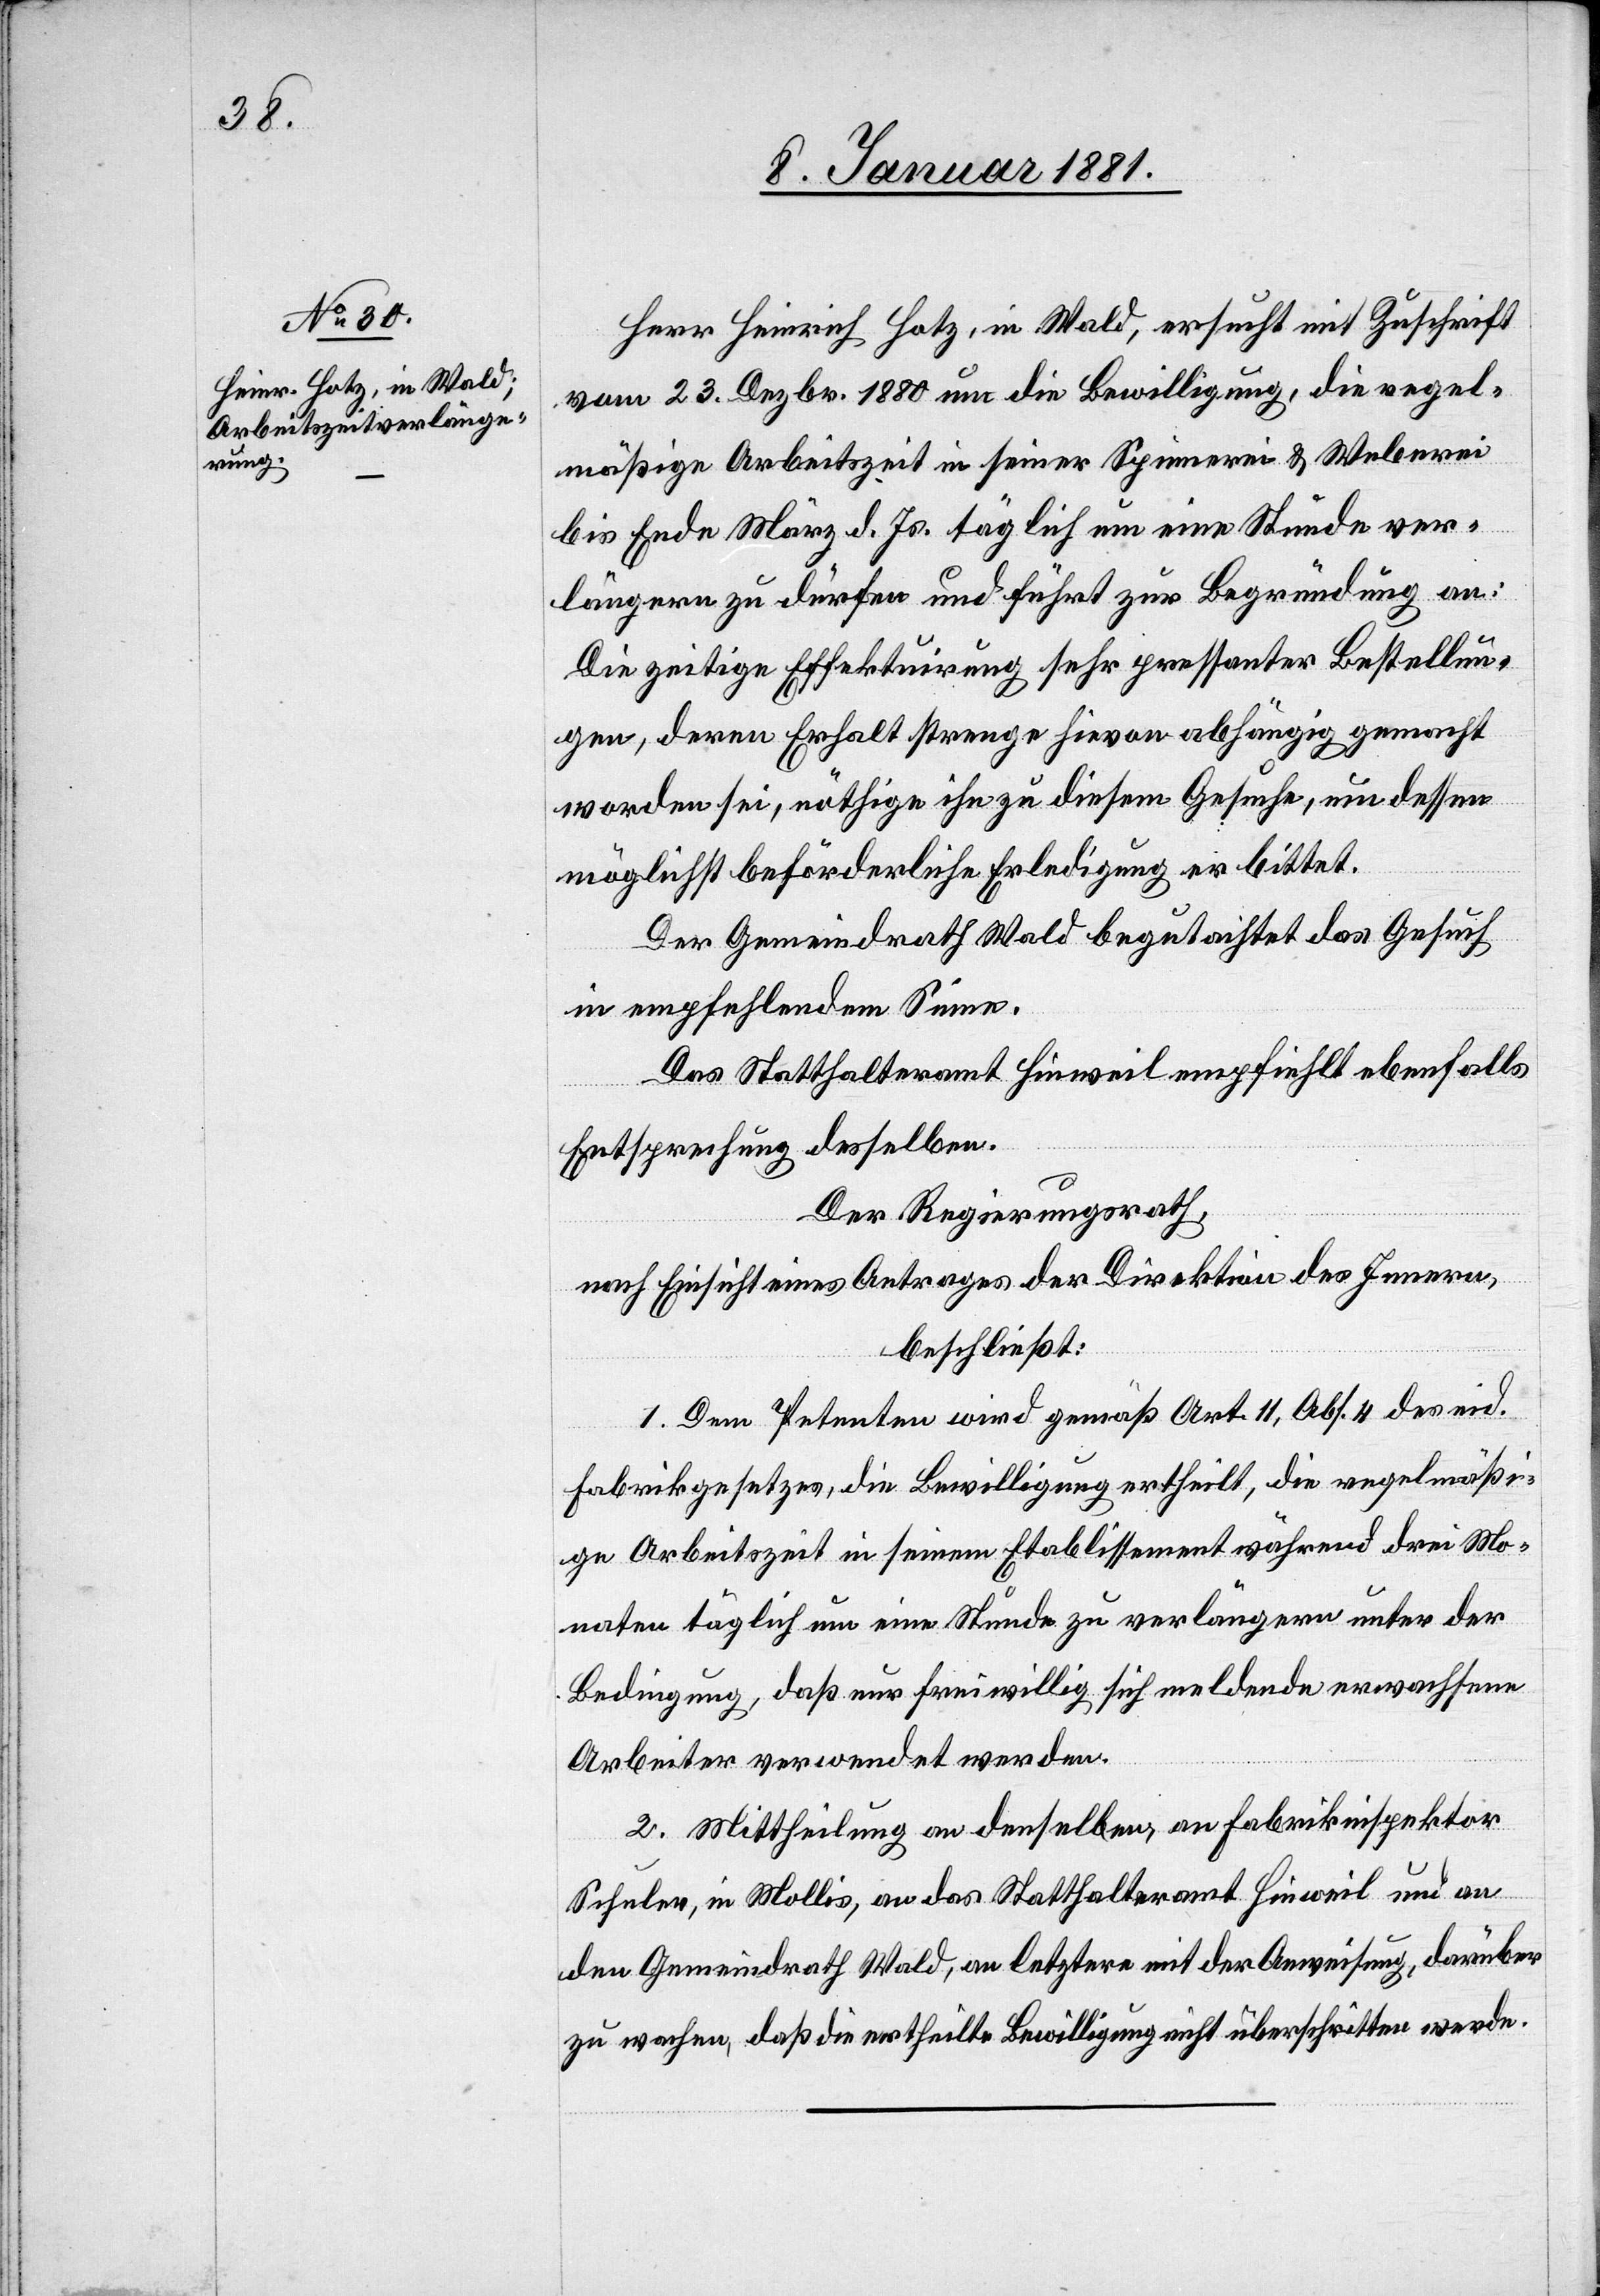
Herr Heinrich Hotz, in Wald, ersucht mit Zuschrift
vom 23. Dezbr. 1880 um die Bewilligung, die regel¬
mäßige Arbeitszeit in seiner Spinnerei & Weberei
bis Ende März d. Js. täglich um eine Stunde ver¬
längern zu dürfen und führt zur Begründung an:
Die zeitige Effektuirung sehr pressanter Bestellun¬
gen, deren Erhalt strenge hievon abhängig gemacht
worden sei, nöthige ihn zu diesem Gesuche, um dessen
möglichst beförderliche Erledigung er bittet.
Der Gemeindrath Wald begutachtet das Gesuch
in empfehlendem Sinne.
Das Statthalteramt Hinweil empfiehlt ebenfalls
Entsprechung desselben.
Der Regierungsrath,
nach Einsicht eines Antrages der Direktion des Innern,
beschließt:
1. Dem Petenten wird gemäß Art. 11, Abs. 4 des eid.
Fabrikgesetzes, die Bewilligung ertheilt, die regelmäßi¬
ge Arbeitszeit in seinem Etablissement während drei Mo¬
naten täglich um eine Stunde zu verlängern unter der
Bedingung, daß nur freiwillig sich meldende erwachsene
Arbeiter verwendet werden.
2. Mittheilung an denselben, an Fabrikinspektor
Schuler, in Mollis, an das Statthalteramt Hinweil und an
den Gemeindrath Wald, an letztere mit der Anweisung, darüber
zu wachen, daß die ertheilte Bewilligung nicht überschritten werde.